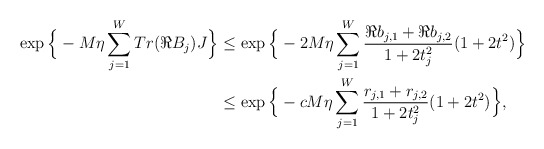
\begin{align*}\exp\Big{\{} -M\eta\sum_{j=1}^W Tr (\Re B_j)J\Big{\}}&\leq \exp\Big{\{} -2M\eta\sum_{j=1}^W \frac{ \Re b_{j,1}+\Re b_{j,2}}{1+2t_j^2} (1+2t^2)\Big{\}}\\&\leq \exp\Big{\{} -cM\eta \sum_{j=1}^W \frac{ r_{j,1}+r_{j,2}}{1+2t_j^2}(1+2t^2)\Big{\}}, \end{align*}